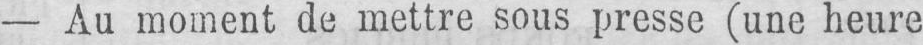
- Au moment de mettre sous presse (une heure